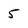
Character: 5